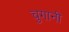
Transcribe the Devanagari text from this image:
चुगानी